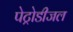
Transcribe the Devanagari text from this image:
पेट्रोडीजल